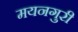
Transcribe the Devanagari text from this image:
मयनगुरी